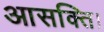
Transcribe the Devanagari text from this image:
आसक्ति।